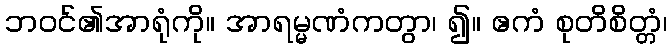
ဘဝင်၏အာရုံကို။ အာရမ္မဏံကတွာ၊ ၍။ ဧကံ စုတိစိတ္တံ၊